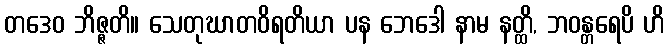
တဒေဝ ဘိဇ္ဇတိ။ သေတုဃာတဝိရတိယာ ပန ဘေဒေါ နာမ နတ္ထိ, ဘဝန္တရေပိ ဟိ